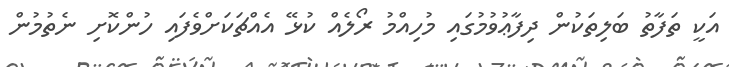
އަކީ ތަފާތު ބަލިތަކުން ދިފާޢުވުމުގައި މުހިއްމު ރޯލެއް ކުޅޭ އެއްޗަކަށްވެފައި ހުންކޮށި ނެތުމުން